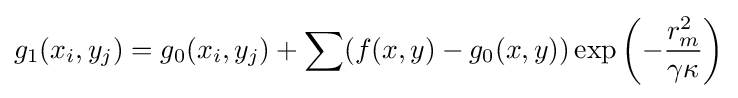
g_{1}(x_{i},y_{j})=g_{0}(x_{i},y_{j})+\sum (f(x,y)-g_{0}(x,y))\exp \left(-{\frac {r_{m}^{2}}{\gamma \kappa }}\right)